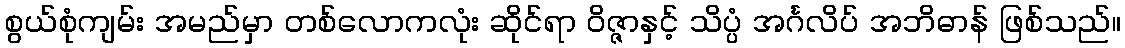
စွယ်စုံကျမ်း အမည်မှာ တစ်လောကလုံး ဆိုင်ရာ ဝိဇ္ဇာနှင့် သိပ္ပံ အင်္ဂလိပ် အဘိဓာန် ဖြစ်သည်။